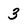
Character: 3